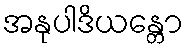
အနုပါဒိယန္တော